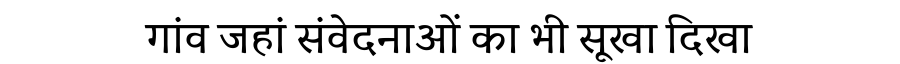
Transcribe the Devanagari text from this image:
गांव जहां संवेदनाओं का भी सूखा दिखा